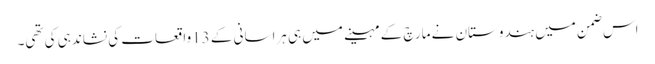
اس ضمن میں ہندوستان نے مارچ کے مہینے میں ہی ہراسانی کے 13واقعات کی نشاندہی کی تھی۔